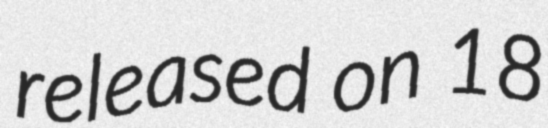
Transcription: released on 18